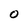
Character: O